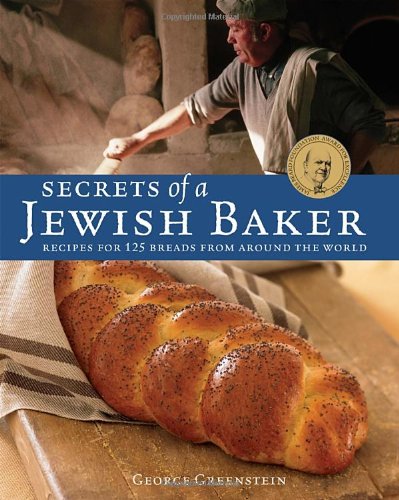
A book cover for Secrets of a Jewish Baker: Recipes for 125 Breads from Around the World; George Greenstein; Cookbooks, Food & Wine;